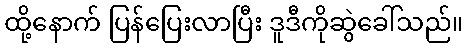
ထို့နောက် ပြန်ပြေးလာပြီး ဒူဒီကိုဆွဲခေါ်သည်။